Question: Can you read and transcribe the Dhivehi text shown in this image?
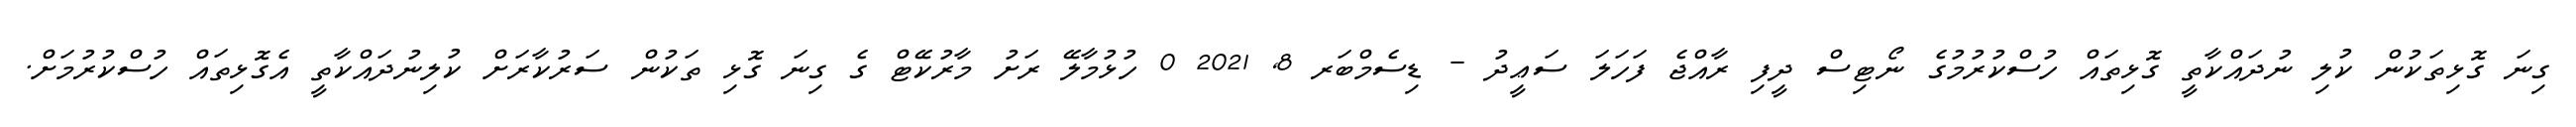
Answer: ގިނަ ގޮޅިތަކުން ކުލި ނުދައްކާތީ ގޮޅިތައް ހުސްކުރުމުގެ ނޯޓިސް ދީފި ރާއްޖެ ފަހަލަ ސަޢީދު - ޑިސެމްބަރ 8, 2021 0 ހުޅުމާލޭ ރަށު މާރުކޭޓް ގެ ގިނަ ގޮޅި ތަކުން ސަރުކާރަށް ކުލިނުދައްކާތީ އެގޮޅިތައް ހުސްކުރުމަށް.